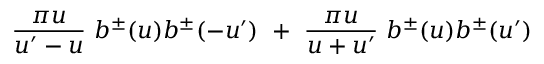
\frac { \pi u } { u ^ { \prime } - u } ~ b ^ { \pm } ( u ) b ^ { \pm } ( - u ^ { \prime } ) ~ + ~ \frac { \pi u } { u + u ^ { \prime } } ~ b ^ { \pm } ( u ) b ^ { \pm } ( u ^ { \prime } )